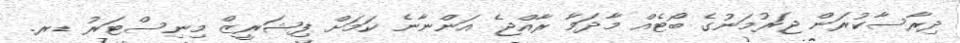
ދިރާސާކުރަން ޖަރުމަނުގެ ބޯޓެއް މާދަމާ ރާއްޖެ އަންނާނެ ކަމަށް ފިޝަރީޒް މިނިސްޓަރު ޑރ.